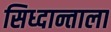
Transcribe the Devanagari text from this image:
सिध्दान्ताला